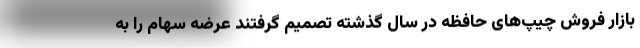
بازار فروش چیپ‌های حافظه در سال گذشته تصمیم گرفتند عرضه سهام را به